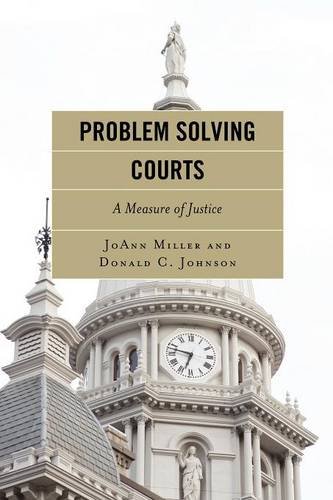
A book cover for Problem Solving Courts: A Measure of Justice; JoAnn Miller; Law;